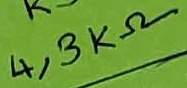
Text: 4,3KΩ